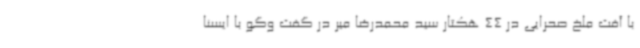
با آفت ملخ صحرایی در 44 هکتار سید محمدرضا میر در گفت وگو با ایسنا